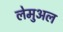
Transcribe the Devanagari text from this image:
लेमुअल